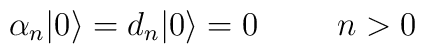
\alpha_{n}|0\rangle=d_{n}|0\rangle=0 \hspace{1cm} n>0